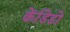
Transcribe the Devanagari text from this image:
केंडिडो